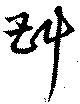
斟